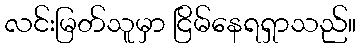
လင်းမြတ်သူမှာ ငြိမ်နေရရှာသည်။